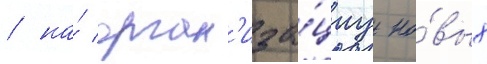
/ на́ орган'иза́циу но́вых